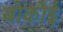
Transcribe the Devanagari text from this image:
बोकोई